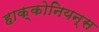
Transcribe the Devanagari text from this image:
हाक्कोनियन्स